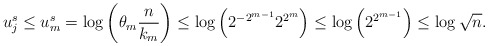
\begin{align*}u_j^s \le u_{m}^s = \log{\left(\theta_{m} \frac{n}{k_{m}}\right)} \le \log{\left(2^{-2^{m-1}}2^{2^{m}}\right)} \le \log{\left(2^{2^{m-1}}\right)} \le \log{\sqrt{n}}.\end{align*}